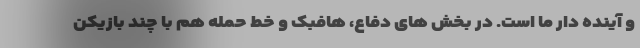
و آینده دار ما است. در بخش های دفاع، هافبک و خط حمله هم با چند بازیکن